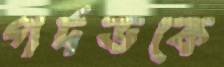
গর্দভকে